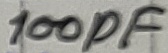
Text: 100pF